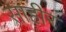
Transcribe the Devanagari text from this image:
साहीर